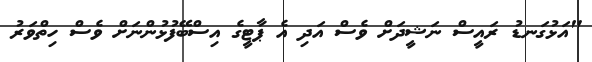
"އަޅުގަނޑު ރައީސް ނަޝީދަށް ވެސް އަދި އެ ޕާޓީގެ އިސްބޭފުޅުންނަށް ވެސް ހިތްވަރު